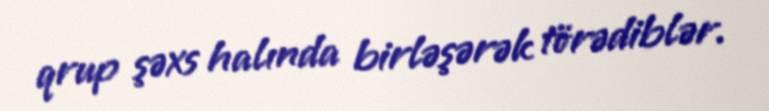
qrup şəxs halında birləşərək törədiblər.